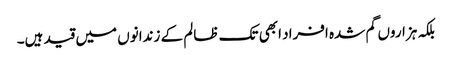
بلکہ ہزاروں گم شدہ افراد ابھی تک ظالم کے زندانوں میں قید ہیں۔